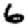
Digit: 6